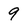
Character: 9